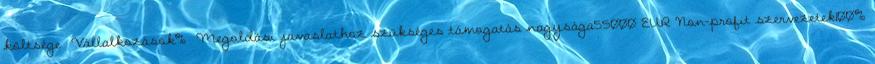
költsége ▪Vállalkozások% ▪Megoldási javaslathoz szükséges támogatás nagysága55000 EUR▪Non-profit szervezetek100%